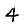
Digit: 4